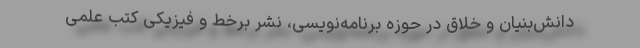
دانش‌بنیان و خلاق در حوزه برنامه‌نویسی، نشر برخط و فیزیکی کتب علمی